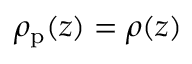
\rho _ { \mathrm { p } } ( z ) = \rho ( z )